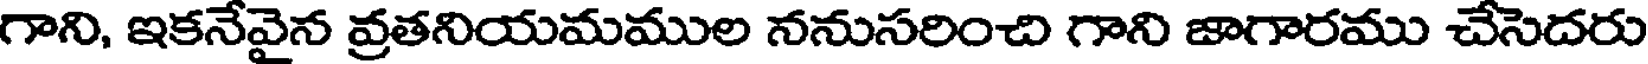
గాని, ఇకనేవైన వ్రతనియమముల ననుసరించి గాని జాగారము చేసెదరు